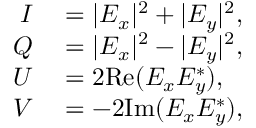
\begin{array} { r l } { I } & { { } = | E _ { x } | ^ { 2 } + | E _ { y } | ^ { 2 } , } \\ { Q } & { { } = | E _ { x } | ^ { 2 } - | E _ { y } | ^ { 2 } , } \\ { U } & { { } = 2 \mathrm { R e } ( E _ { x } E _ { y } ^ { * } ) , } \\ { V } & { { } = - 2 \mathrm { I m } ( E _ { x } E _ { y } ^ { * } ) , } \end{array}